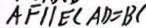
A F / / E C A D = B C